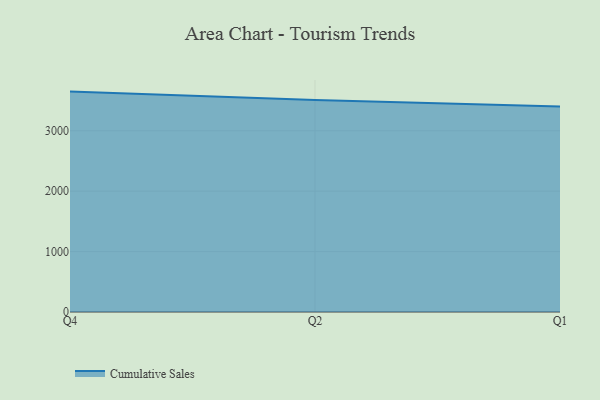
{"axis": {"x": "Quarter", "y": "Latency (ms)"}, "legend": ["Cumulative Sales"], "data": [{"x": "Q4", "y": 3648.5, "type": "Cumulative Sales"}, {"x": "Q2", "y": 3509.9, "type": "Cumulative Sales"}, {"x": "Q1", "y": 3403.5, "type": "Cumulative Sales"}]}